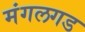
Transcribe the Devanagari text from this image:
मंगलगड